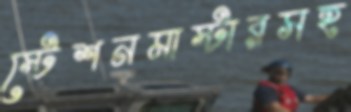
স্টেশনমাস্টারসহ